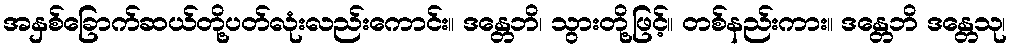
အနှစ်ခြောက်ဆယ်တို့ပတ်လုံးလည်းကောင်း။ ဒန္တေဘိ၊ သွားတို့ဖြင့်။ တစ်နည်းကား။ ဒန္တေဘိ ဒန္တေသု၊